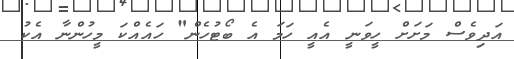
އަދިވެސް މަށަށް ހީވަނީ އެއީ ހަމަ އެ ބޯޓުހެން" ހައެއްކަ މީހުންނާ އެކު